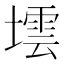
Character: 墵